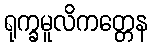
ရုက္ခမူလိကတ္တေန